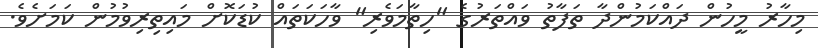
މިހާރު މީހުން ދައްކަމުންދާ ތަފާތު ވައްތަރުގެ "ހިތާމަވެރި" ވާހަކަތައް ކުޑަކޮށް މައިތިރިވުމުން ކަމަށެވެ.